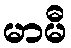
မာမီ